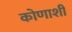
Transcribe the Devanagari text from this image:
कोणाशीं